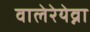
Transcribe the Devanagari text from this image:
वालेरेयेव्ना